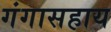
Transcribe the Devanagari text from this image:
गंगासहाय